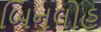
બિનલોહ